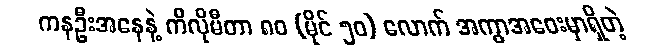
ကနဦးအနေနဲ့ ကီလိုမီတာ ၈၀ (မိုင် ၅၀) လောက် အကွာအဝေးမှာရှိတဲ့